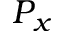
P _ { x }